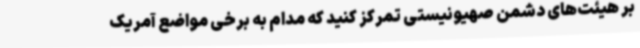
بر هیئت‌های دشمن صهیونیستی تمرکز کنید که مدام به برخی مواضع آمریک